Report of an investigation into the causes of the diseases known in Assam as Kála-Azár and Beri-Beri
Disease focus: Beri-Beri
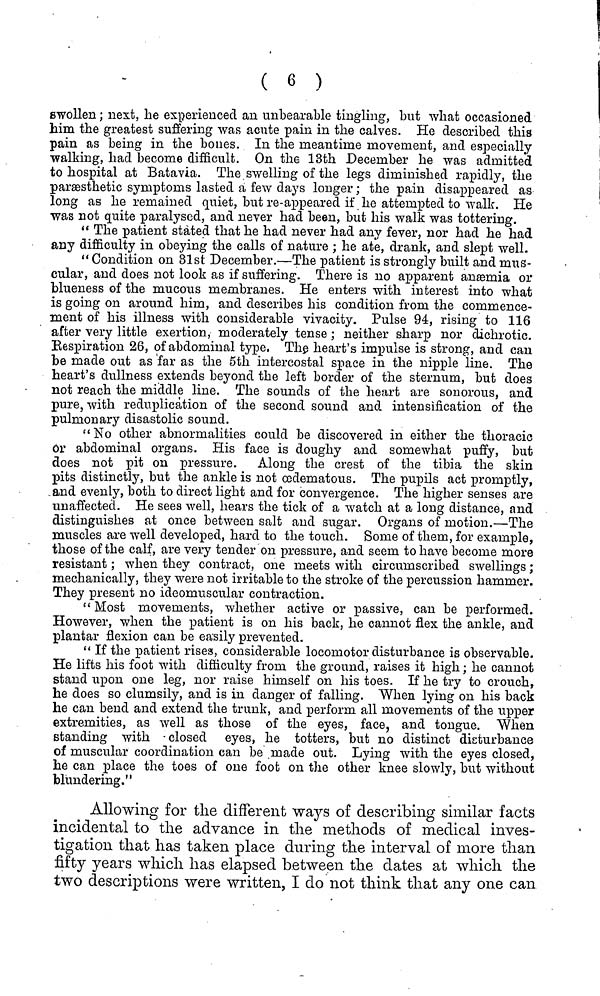
( 6 )
swollen ; next, he experienced an unbearable tingling, but what occasioned
him the greatest suffering was acute pain in the calves. He described this
pain as being in the bones. In the meantime movement, and especially
walking, had become difficult. On the 13th December he was admitted
to hospital at Batavia. The swelling of the legs diminished rapidly, the
paræsthetic symptoms lasted a few days longer ; the pain disappeared as
long as he remained quiet, but re-appeared if he attempted to walk. He
was not quite paralysed, and never had been, but his walk was tottering.
" The patient stated that he had never had any fever, nor had he had
any difficulty in obeying the calls of nature ; he ate, drank, and slept well.
" Condition on 31st December.—The patient is strongly built and mus-
cular, and does not look as if suffering. There is no apparent anæmia or
blueness of the mucous membranes. He enters with interest into what
is going on around him, and describes his condition from the commence-
ment of his illness with considerable vivacity. Pulse 94, rising to 116
after very little exertion, moderately tense ; neither sharp nor dichrotic.
Eespiration 26, of abdominal type, The heart's impulse is strong, and can
be made out as far as the 5th intercostal space in the nipple line. The
heart's dullness extends beyond the left border of the sternum, but does
not reach the middle line. The sounds of the heart are sonorous, and
pure, with reduplication of the second sound and intensification of the
pulmonary disastolic sound.
"No other abnormalities could be discovered in either the thoracic
or abdominal organs. His face is doughy and somewhat puffy, but
does not pit on pressure. Along the crest of the tibia the skin
pits distinctly, but the ankle is not œdematous. The pupils act promptly,
and evenly, both to direct light and for convergence. The higher senses are
unaffected. He sees well, hears the tick of a watch at a long distance, and
distinguishes at once between salt and sugar. Organs of motion.—The
muscles are well developed, hard to the touch. Some of them, for example,
those of the calf, are very tender on pressure, and seem to have become more
resistant ; when they contract, one meets with circumscribed swellings ;
mechanically, they were not irritable to the stroke of the percussion hammer.
They present no ideomuscular contraction.
" Most movements, whether active or passive, can be performed.
However, when the patient is on his back, he cannot flex the ankle, and
plantar flexion can be easily prevented.
" If the patient rise, considerable locomotor disturbance is observable.
He lifts his foot with difficulty from the ground, raises it high ; he cannot
stand upon one leg, nor raise himself on his toes. If he try to crouch,
he does so clumsily, and is in danger of falling. When lying on his back
he can bend and extend the trunk, and perform all movements of the upper
extremities, as well as those of the eyes, face, and tongue. When
standing with closed eyes, he totters, but no distinct disturbance
of muscular coordination can be made out. Lying with the eyes closed,
he can place the toes of one foot on the other knee slowly, but without
blundering."
Allowing for the different ways of describing similar facts
incidental to the advance in the methods of medical inves-
tigation that has taken place during the interval of more than
fifty years which has elapsed between the dates at which the
two descriptions were written, I do not think that any one can